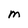
Character: M